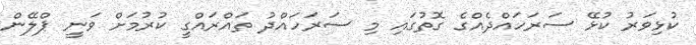
ކުޅިވަރު ކުޅޭ ސަރަހައްދެއްގެ ގޮތުގައި މި ސަރަހައްދު ތައްރައްގީ ކުރުމަށް ވަނީ ޕްލޭން